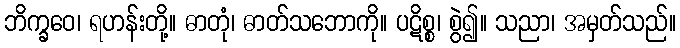
ဘိက္ခဝေ၊ ရဟန်းတို့။ ဓာတုံ၊ ဓာတ်သဘောကို။ ပဋိစ္စ၊ စွဲ၍။ သညာ၊ အမှတ်သည်။